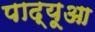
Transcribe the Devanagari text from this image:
पाद्यूआ